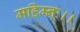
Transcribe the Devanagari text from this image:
महिम्नः।।